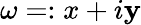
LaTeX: \omega=:x+i\mathbf{y}